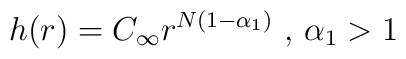
h(r)=C_\infty r^{N(1-\alpha _1)}\mbox{ , }\alpha _1>1